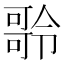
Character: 𠾥